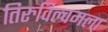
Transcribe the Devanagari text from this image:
तिरुविल्वमला